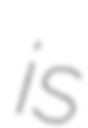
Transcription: is